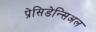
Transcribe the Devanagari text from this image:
प्रेसिडेन्सिअल